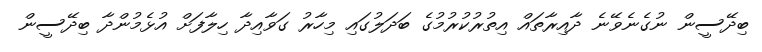
ބިދޭސީން ނުގެނެވޭނެ ދާއިރާތައް އިތުރުކުރުމުގެ ބަދަލުގައި މިހާރު ގަވާއިދާ ހިލާފަށް އުޅެމުންދާ ބިދޭސީން